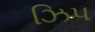
ઝિપ